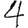
Digit: 4